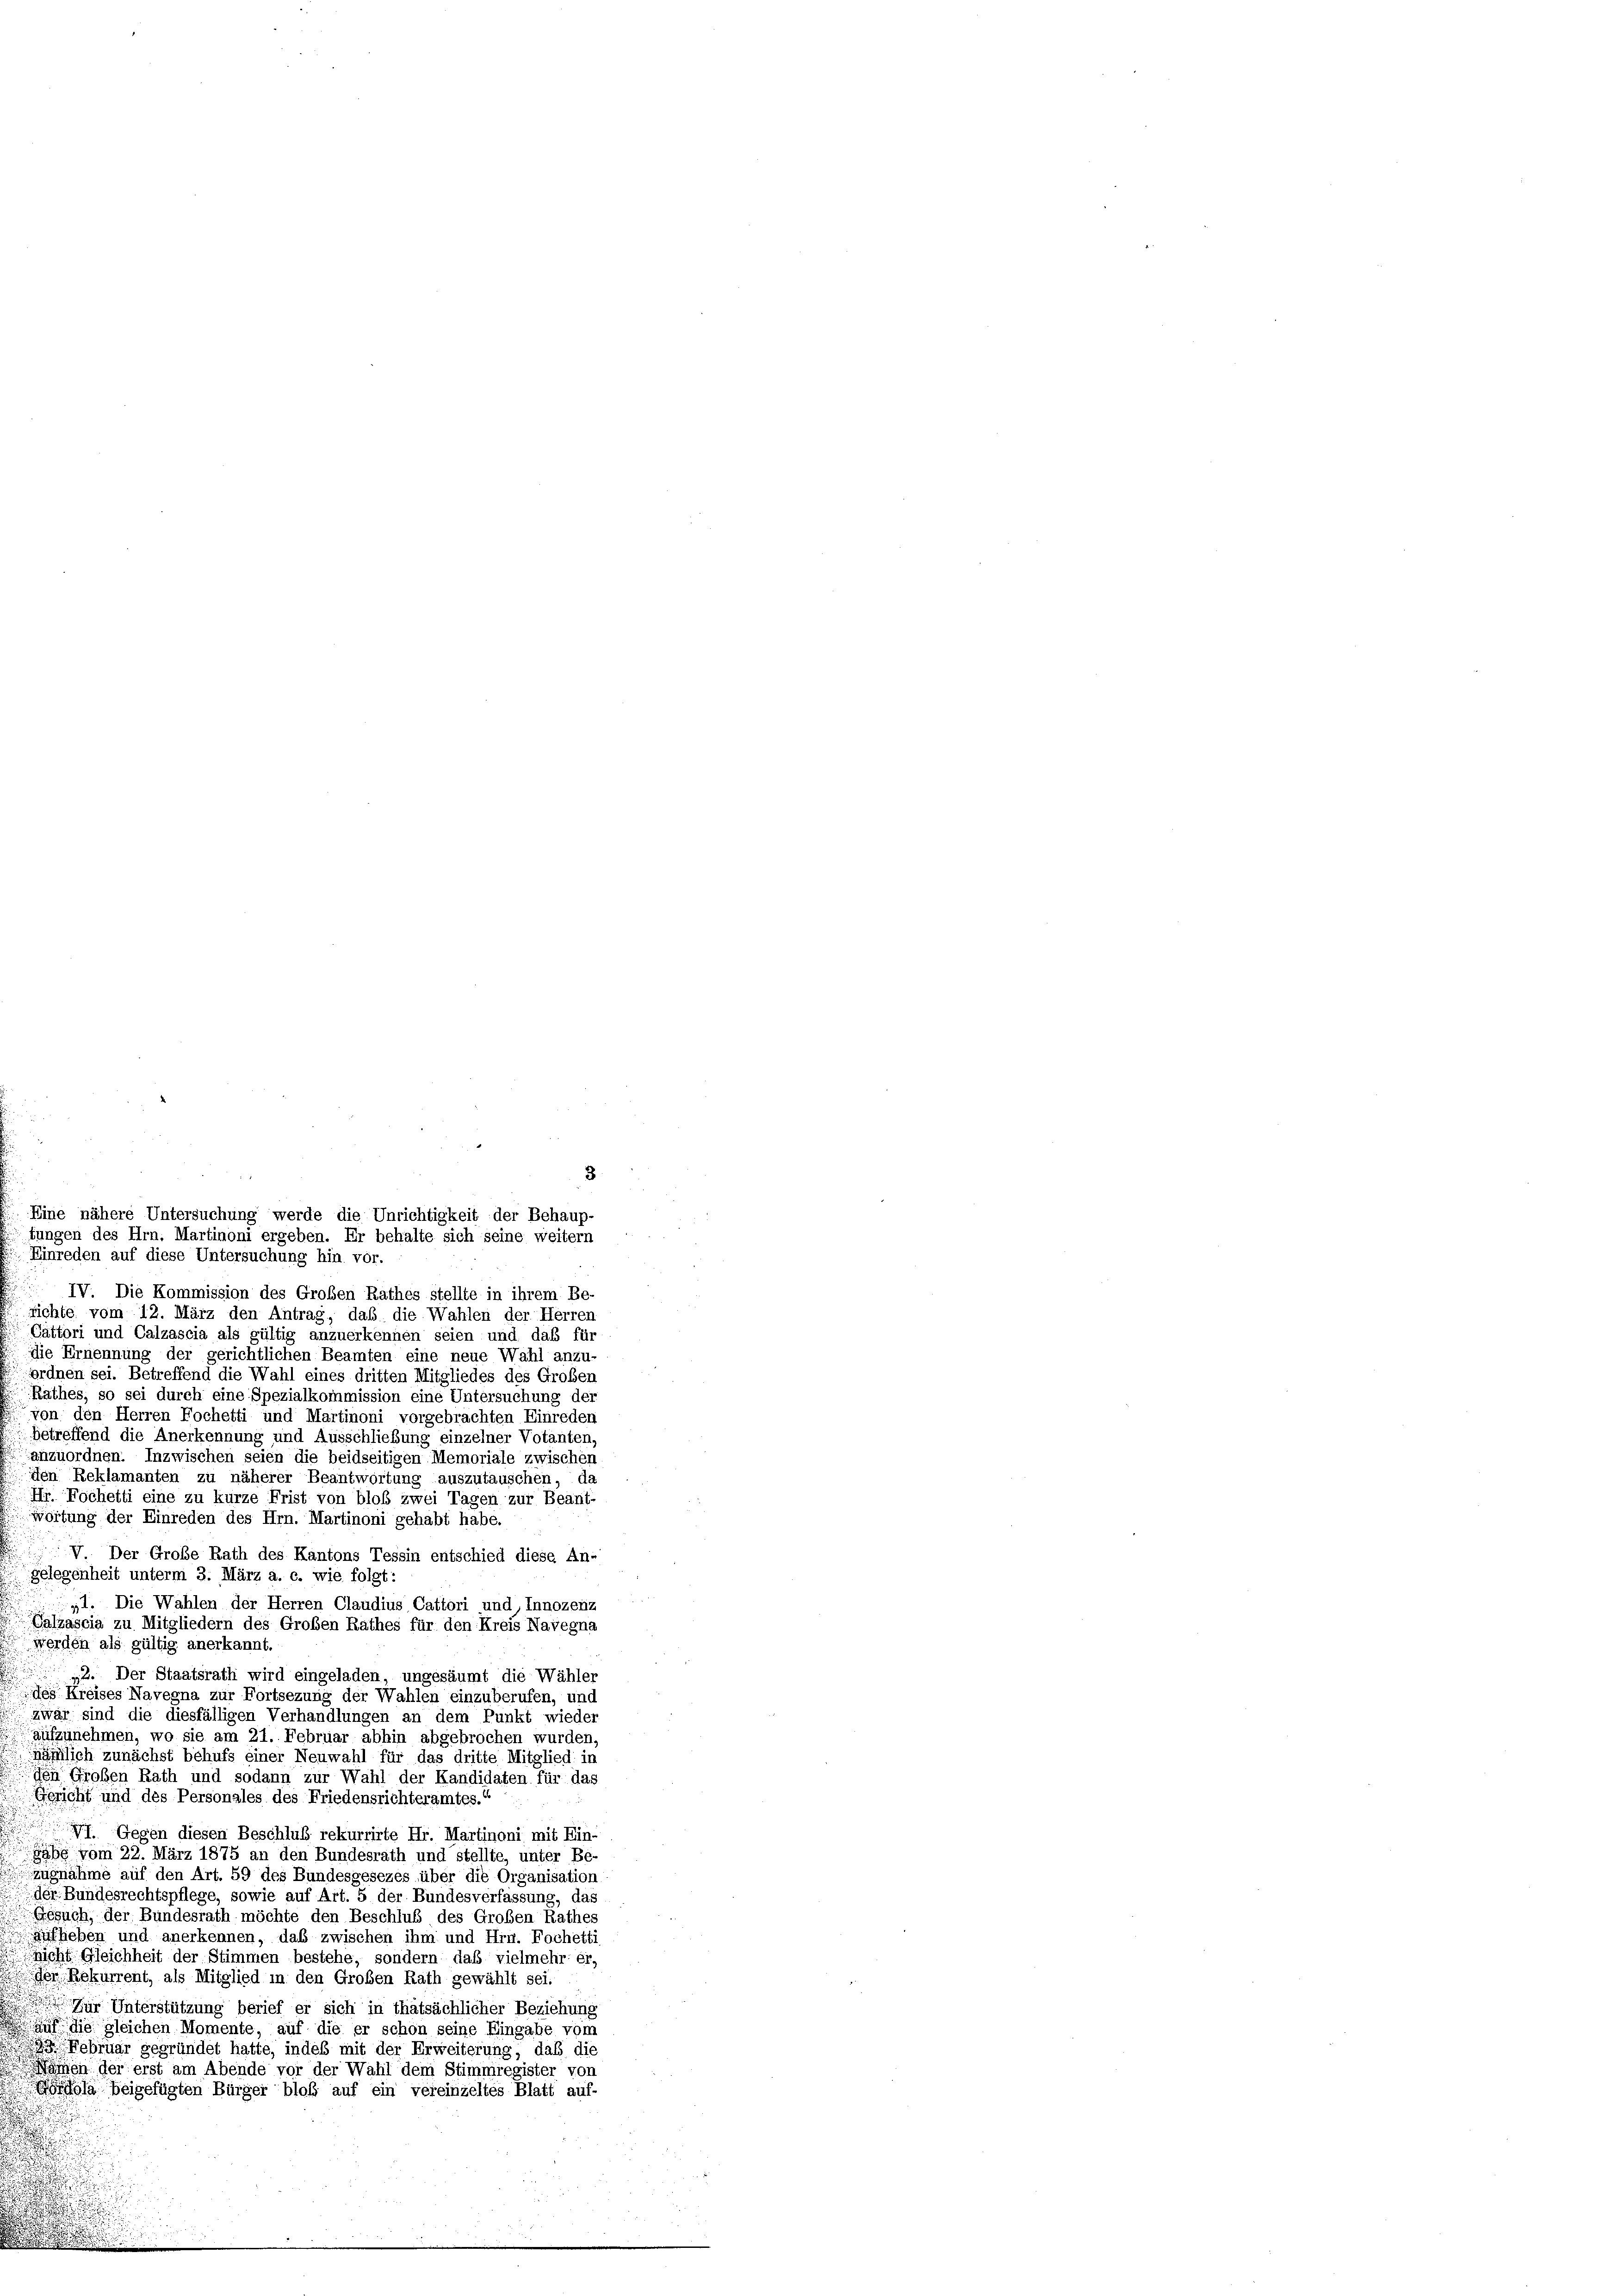
Einreden auf diese Untersuchung hin. vor.
IV. Die Kommission des Großen Rathes stellte in ihrem Be-
fichte vom 12. März den Antrag, das die Wahlen der Herren
Cattori und Calzascia als gültig anzuerkennen seien und das für
die Ernennung der gerichtlichen Beamten eine neue Wahl anzu
ordnen sei. Betreffend die Wahl eines dritten Mitgliedes des Großen
Rathes, so sei durch eine Spezialkommission eine Untersuchung der
von den Herren Fochetti und Martinoni vorgebrachten Einreden
betreffend die Anerkennung und Ausschließung einzelner Votanten.
anzuordnen. Inzwischen seien die beidseitigen Memoriale zwischen
den Reklamanten zu näherer Beantwortung auszutauschen, da
Hr. Fachetti eine zu kurze Frist von bloß zwei Tagen zur Beant-
wortung der Einreden des Hrn. Martinoni gehabt habe.
V. Der Große Rath des Kantons Tessin entschied diese An-
gelegenheit unterm 3. März a. c. wie folgt:
„1. Die Wahlen der Herren Claudius Cattori und, Innozerz
Valzascia zu Mitgliedern des Großen Rathes für den Kreis Navegna
werden als gültig anerkannt.
12. Der Staatsrath wird eingeladen, ungesäumt die Wähler
des Kreises Navegna zur Fortsezung der Wahlen einzuberufen, und
zwar sind die diesfälligen Verhandlungen an dem Punkt wieder
aufzunehmen, wo sie am 21. Februar abhin abgebrochen wurden
nämlich zunächst behufs einer Neuwahl für das dritte Mitglied: in
Ien Großen Rath und sodann zur Wahl der Kandidaten für das
Gericht und des Personales des Friedensrichteramtes.
WI. Gegen diesen Beschluß rekurrirte Hr. Martinoni mit Ein-
Gabe vom 22. März 1875 an den Bundesrath und stellte, unter Be-
zugnahme auf den Art. 59 des Bundesgesezes über die Organisation
der Bundesrechtspflege, sowie auf Art. 5 der Bundesverfassung, das
Gesuch, der Bundesrath möchte den Beschluß des Großen Rathes
aufhieben und anerkennen, das zwischen ihm und Hrn. Fochetti
nicht Gleichheit der Stimmen bestehe, sondern das vielmehr er,
der Rekurrent, als Mitglied in den Großen Rath gewählt sei.
Zur Unterstützung berief er sich in thatsächlicher Beziehung
auf die gleichen Momente, auf die er schon seine Eingabe vom
Februar gegründet hatte, indes mit der Erweiterung, daß die
Namen der erst am Abende vor der Wahl dem Stimmregister von
Gönola beigefügten Bürger bloß auf ein vereinzeltes Blatt auf-
s

3
Eine nähere Untersuchung werde die Unrichtigkeit der Behaup-
tungen des Hrn. Martinoni ergeben. Er behalte sich seine weitern